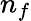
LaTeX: n_{f}